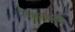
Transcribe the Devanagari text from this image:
विमानतळेही